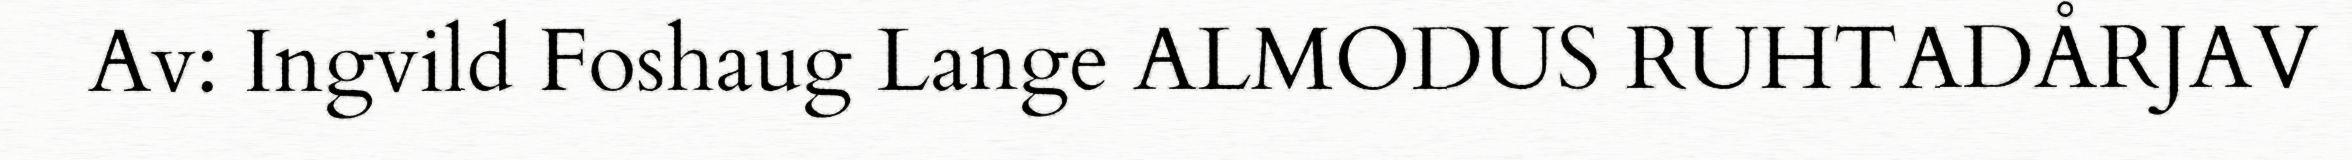
Av: Ingvild Foshaug Lange ALMODUS RUHTADÅRJAV